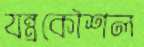
যন্ত্রকৌশল